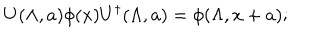
LaTeX: U ( \Lambda , a ) \phi ( x ) U ^ { \dagger } ( \Lambda , a ) = \phi ( \Lambda , x + a ) ;